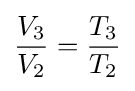
{\frac {V_{3}}{V_{2}}}={\frac {T_{3}}{T_{2}}}